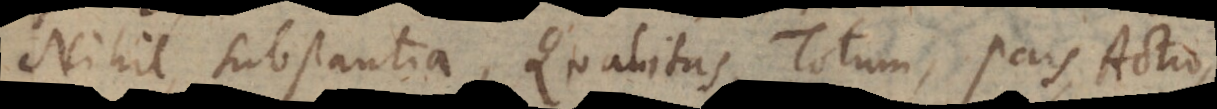
Nihil, Substantia, Qualitas, Totum, Pars, Actio,